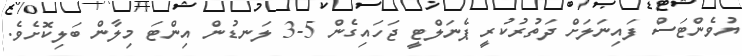
ޔުވެންޓަސް ފައިނަލަށް ދަތުރުކުރީ ޕެނަލްޓީ ޖަހައިގެން 5-3 ލަނޑުން އިންޓަ މިލާން ބަލިކޮށެވެ.